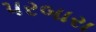
પરબારા